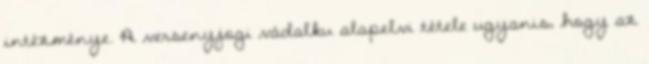
intézménye. A versenyjogi vádalku alapelvi tétele ugyanis, hogy az